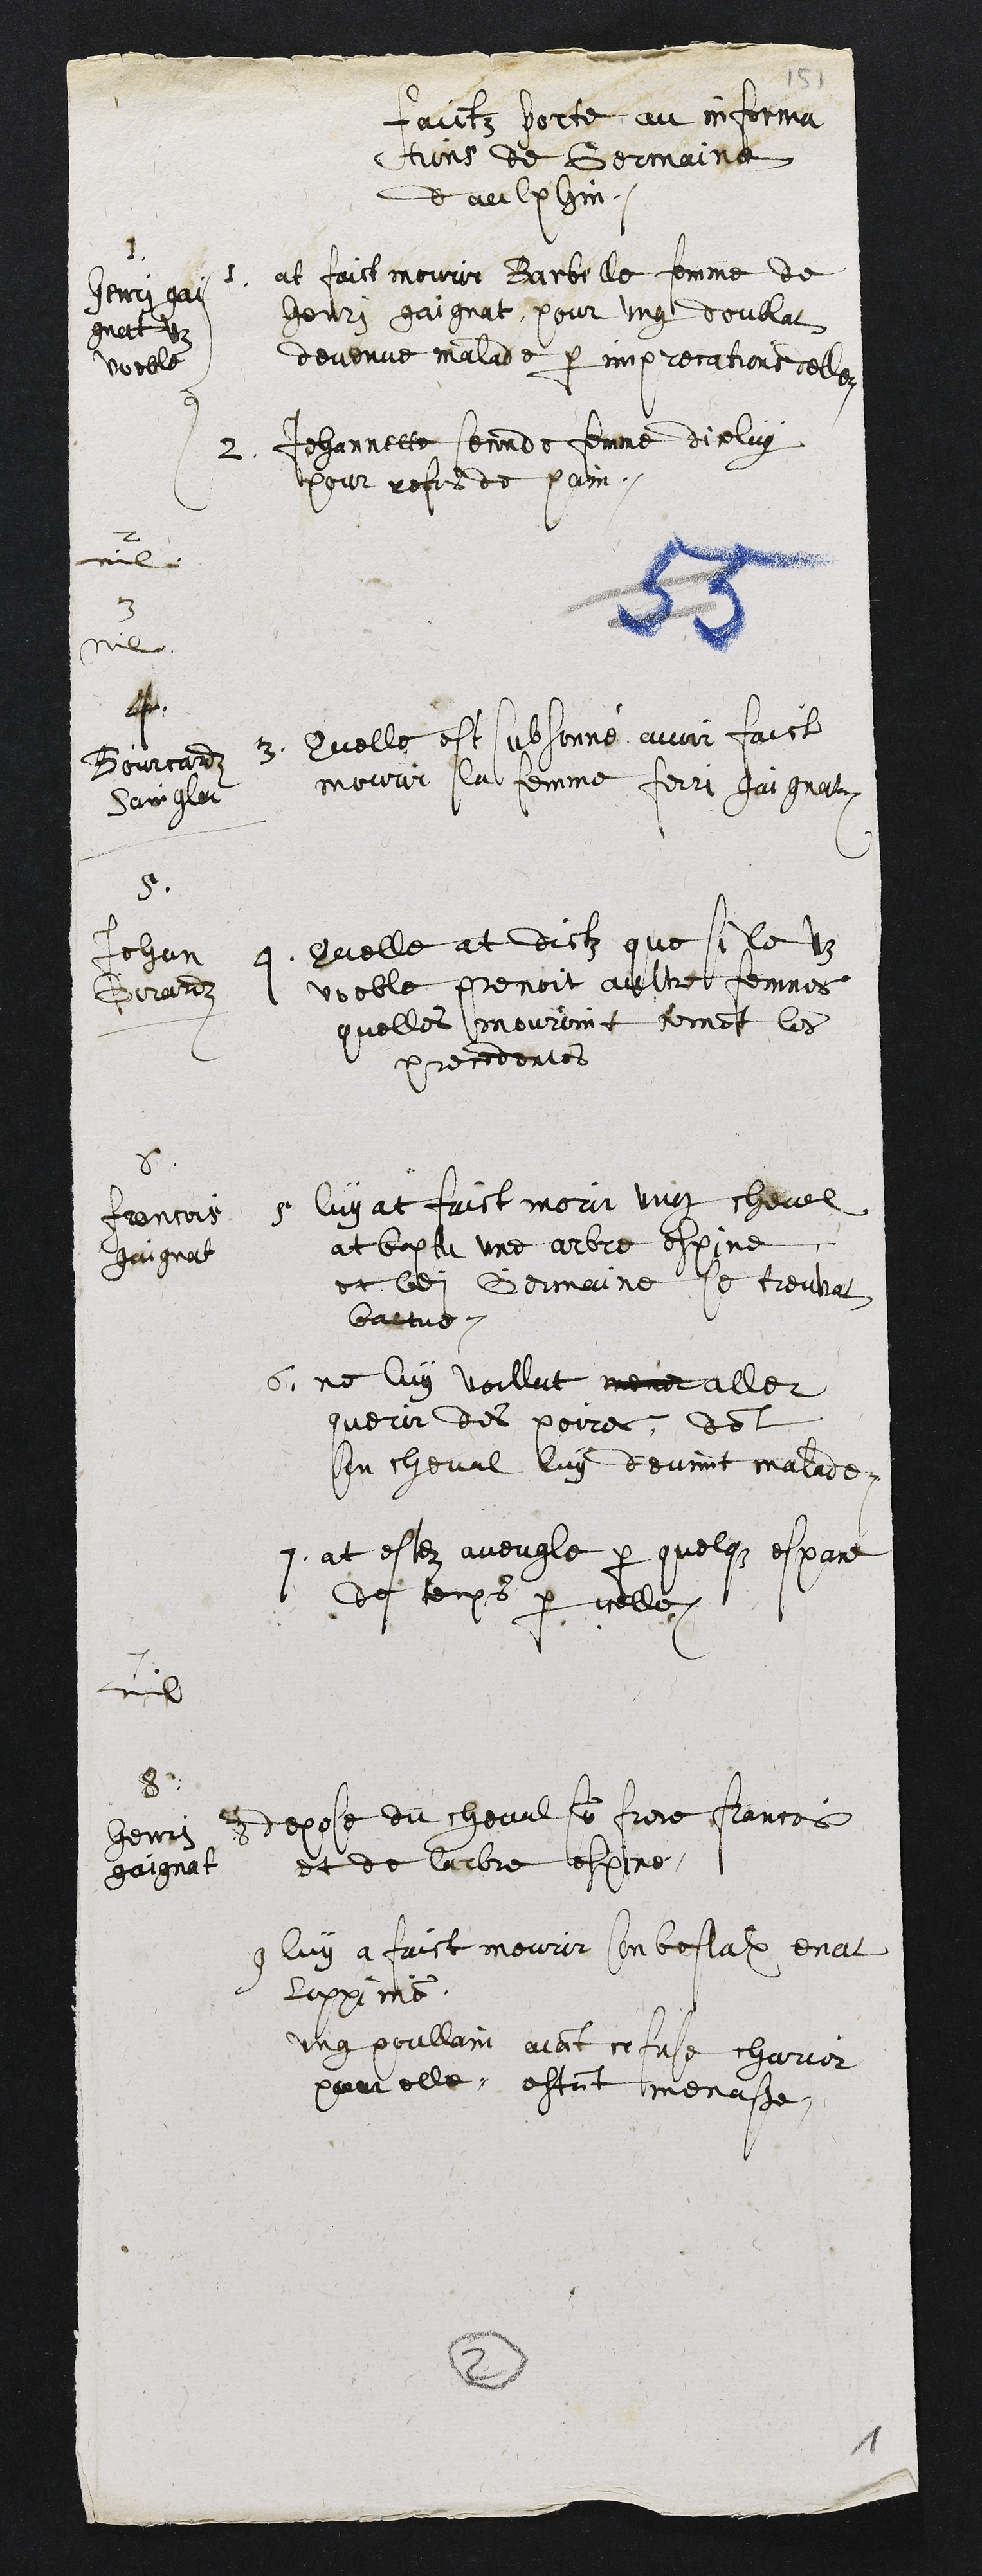
Faictz porte au informa
tions de Germaine
daulphin
1
Henri gay
gnat vz
voeble
1. at faict mourir Barbelle femme de
Henri gaignat, pour ung doublat
devenue malade par imprecations delle
2. Jehannette seconde femme diceluy
pour refus de pain.
2
nil
3
nil
4
Bourcardz
Sainglar
3. Quelle est subsonné avoir faict
mourir la femme Ferri Gaignat
5
Jehan
Girardz
4. Quelle at dictz que si le vz
voeble prenoit aultre femmes
quelles mouroint coment les
precedentes
6
Francois
gaignat
5 luy at faict morir ung cheval
at baptu une arbre espine
et ladite Germaine se treuvat
battue.
6. ne luy voullut mener aller
querir des poires, dont
son cheval luy devint malade
7 at estez aveugle par quelque espace
de temps par icelle
7
nil
8
Henry
gaignat
8 depose du cheval son frere Francois
et de larbre espine
9 luy a faict mourir son bestalx enat
Lappins
ung poullain aiant refuse charier
pour elle estant menasse,

2
1